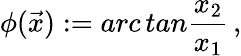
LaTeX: \phi(\vec{x}):=arc\, tan{\frac{x_{2}}{x_{1}}}\, ,